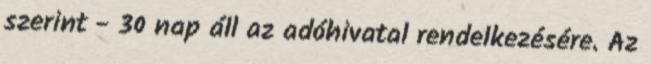
szerint - 30 nap áll az adóhivatal rendelkezésére. Az